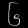
Digit: ၆